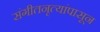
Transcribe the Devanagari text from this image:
संगीतनृत्यांपासून